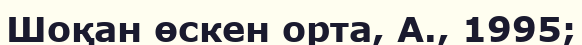
Шоқан өскен орта, А., 1995;